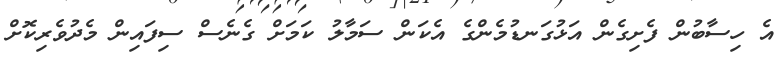
އެ ހިސާބުން ފެށިގެން އަޅުގަނޑުމެންގެ އެކަން ސަމާލު ކަމަށް ގެނެސް ސިފައިން މެދުވެރިކޮށް